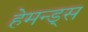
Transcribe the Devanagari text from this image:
हेमन्ड्स